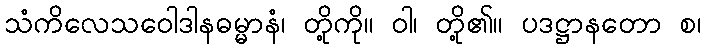
သံကိလေသဝေါဒါနဓမ္မာနံ၊ တို့ကို။ ဝါ၊ တို့၏။ ပဒဋ္ဌာနတော စ၊